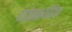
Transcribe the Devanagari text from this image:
एंडोप्रास्थेटिक